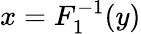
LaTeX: x=F_{1}^{-1}(y)